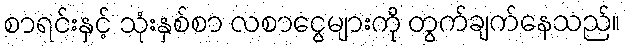
စာရင်းနှင့် သုံးနှစ်စာ လစာငွေများကို တွက်ချက်နေသည်။